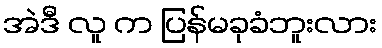
အဲဒီ လူ က ပြန်မခုခံဘူးလား